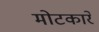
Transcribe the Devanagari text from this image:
मोटकारें